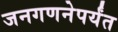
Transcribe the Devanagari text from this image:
जनगणनेपर्यंत